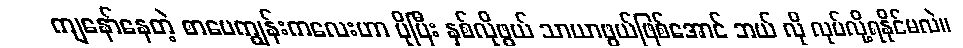
ကျနော်နေတဲ့ စာပေကျွန်းကလေးဟာ ပိုပြီး နှစ်လိုဖွယ် သာယာဖွယ်ဖြစ်အောင် ဘယ် လို လုပ်လို့ရနိုင်မလဲ။